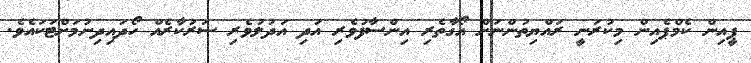
ޕީއިން ކެމްޕެއިން މިކުރަނީ ރައްޔިތުންނަށް އޯގާތެރި އިންސާފުވެރި އަދި އަދުލުވެރި ސަރުކާރެއް ހޯދައިދިނުމަށްޓަކައެވެ.